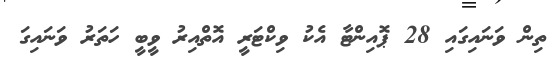
ތިން ވަނައިގައި 28 ޕޮއިންޓާ އެކު ވިކްޓަރީ އޮތްއިރު ވީބީ ހަތަރު ވަނައިގަ